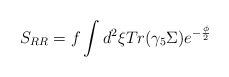
\begin{align*}S_{RR}=f\int d^{2}\xi Tr(\gamma _{5}\Sigma )e^{-\frac{\phi }{2}}\end{align*}